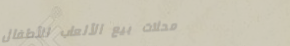
محلات بيع الألعاب للأطفال